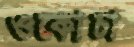
ওকোচা